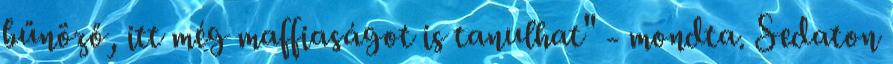
bűnöző, itt még maffiaságot is tanulhat" - mondta. Sedaton